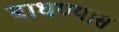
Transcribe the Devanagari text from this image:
बाधण्यास